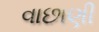
વાછાણી